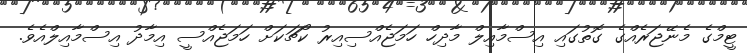
ޓީމްގެ މެނޭޖަރެއްގެ ގޮތުގައި އިސްމާއިލް މާދިހް ހަމަޖެއްސިއިރު ކޯޗަކަށް ހަމަޖެއްސީ އިމާދު އިސްމާއިލްއެވެ.